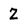
Character: Z